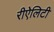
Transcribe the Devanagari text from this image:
रीऐलिटी